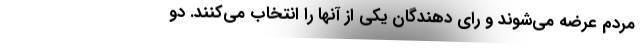
مردم عرضه می‌شوند و رای دهندگان یکی از آنها را انتخاب می‌کنند. دو